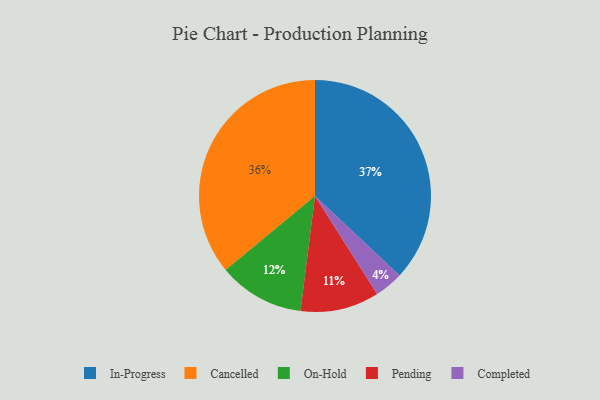
{"axis": {"x": "Category", "y": "Percentage"}, "legend": ["Cancelled", "Completed", "In-Progress", "On-Hold", "Pending"], "data": [{"x": "Cancelled", "y": 36, "type": "Cancelled"}, {"x": "In-Progress", "y": 37, "type": "In-Progress"}, {"x": "Pending", "y": 11, "type": "Pending"}, {"x": "On-Hold", "y": 12, "type": "On-Hold"}, {"x": "Completed", "y": 4, "type": "Completed"}]}